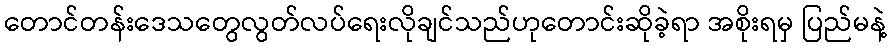
တောင်တန်းဒေသတွေလွတ်လပ်ရေးလိုချင်သည်ဟုတောင်းဆိုခဲ့ရာ အစိုးရမှ ပြည်မနဲ့